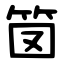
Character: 笝